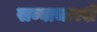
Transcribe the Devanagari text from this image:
सव्वाचारशे